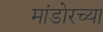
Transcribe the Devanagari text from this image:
मांडोरच्या